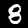
Digit: 8